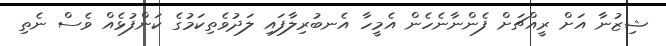
ޝިޒުނާ އަށް ރީއްޗަށް ފެންނާނެހެން އެމީހާ އެނބުރިލާފައި ލަދުވެތިކަމުގެ ކަންފުޅެއް ވެސް ނެތި